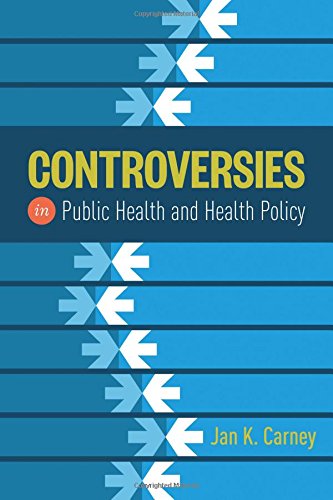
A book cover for Controversies In Public Health And Health Policy; Jan Kirk Carney; Medical Books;